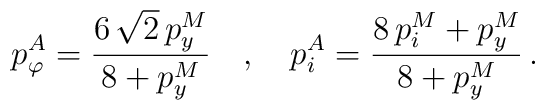
p_{\varphi}^A = \frac{6 \, \sqrt 2 \, p_y^M}{8 + p_y^M} \quad , \quad p_i^A = \frac{8 \, p_i^M + p_y^M}{8 + p_y^M} \, .